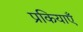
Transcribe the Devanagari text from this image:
प्रकियाएँ